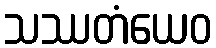
သဿတံယေဝ